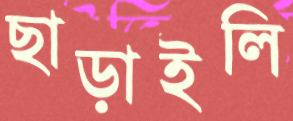
ছাড়াইলি